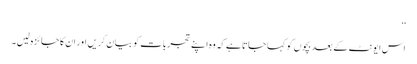
‘‘
اس ایونٹ کے بعد بچوں کو کہا جاتا ہے کہ وہ اپنے تجربات کو بیان کریں اور ان کا جائزہ لیں۔